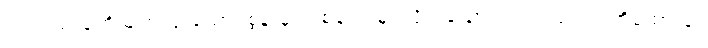
လကြည့်သူကို မျက်လုံးထောင့်စွန်းမှ တစ်ချက်မြင်လိုက်သော်လည်း လုံးဝသတိမထားခဲ့။